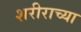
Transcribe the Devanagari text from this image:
शरीराच्या